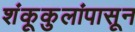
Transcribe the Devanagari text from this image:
शंकूकुलांपासून